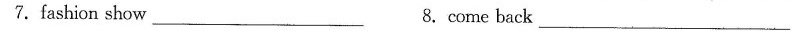
7.fashion show___ 8. Come back___